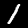
Digit: 1